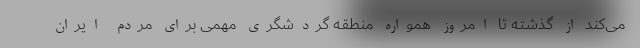
می‌کند از گذشته تا امروز همواره منطقه گردشگری مهمی برای مردم ایران